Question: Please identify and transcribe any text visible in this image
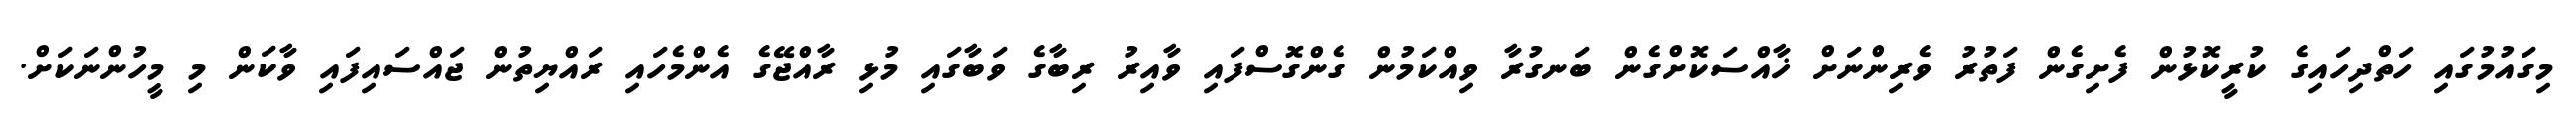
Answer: މިގައުމުގައި ހަތްދިހައިގެ ކުރީކޮޅުން ފެށިގެން ފަތުރު ވެރިންނަށް ޚާއްސަކޮށްގެން ބަނގުރާ ވިއްކަމުން ގެންގޮސްފައި ވާއިރު ރިބާގެ ވަބާގައި މުޅި ރާއްޖޭގެ އެންމެހައި ރައްޔިތުން ޖައްސައިފައި ވާކަން މި މީހުންނަކަށް.